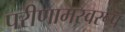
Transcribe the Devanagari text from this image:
परीणामस्वरूप